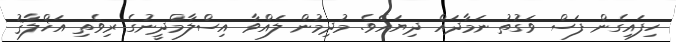
ހިފައިގެން ފަސް ވަގުތު ނަމާދައް ދިޔައެވެ. މުދިމުން ލައްވާ އިސްލާމްދީނުގެ ރިވެތި އަޚްލާޤު